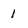
Character: 1